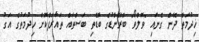
ޚިދުމަތް ދޭން ގެނައި "ވޮލްވޯ" ބްރޭންޑުގެ ބޮޑެތި ބަސްތައް ތައާރަފްކޮށް ހިދުމަތުގެ އަގު